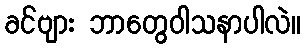
ခင်ဗျား ဘာတွေဝါသနာပါလဲ။